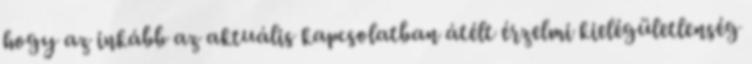
hogy az inkább az aktuális kapcsolatban átélt érzelmi kielégületlenség